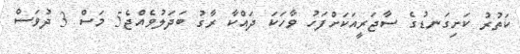
ކަތުރު ކަށިގަނޑުގެ ސާޖަރީއަކަށްފަހު ވާހަކަ ދައްކާ ރާގު ބަދަލުވެއްޖެ5 މަސް 3 ދުވަސް